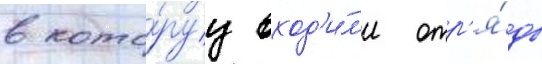
в кото́руу вход'и́л'и отр'я́ды